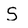
Character: S